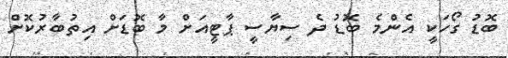
ބޮޑު ގޯހަކީ އެންމެ ބޮޑު ދެ ސިޔާސީ ޕާޓީއަށް މާ ބޮޑަށް އިތުބާރުކޮށް